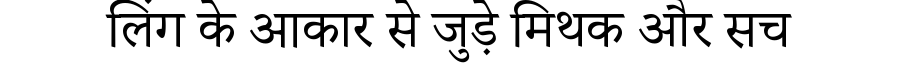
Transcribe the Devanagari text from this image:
लिंग के आकार से जुड़े मिथक और सच